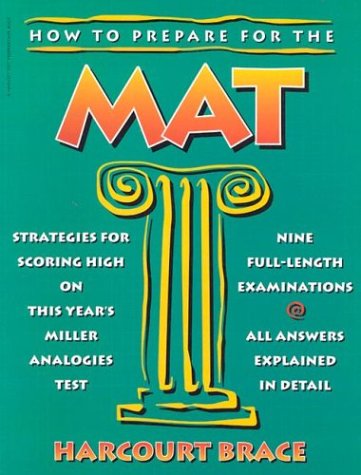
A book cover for How to Prepare for the MAT (Miller Analogies Test); Morris Bramson; Test Preparation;